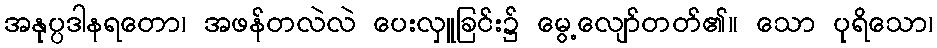
အနုပ္ပဒါနရတော၊ အဖန်တလဲလဲ ပေးလှူခြင်း၌ မွေ့လျော်တတ်၏။ သော ပုရိသော၊